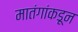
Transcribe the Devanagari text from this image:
मातंगांकडून